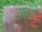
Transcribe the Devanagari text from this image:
कॉवे